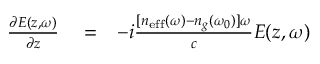
\begin{array} { r l r } { \frac { \partial E ( z , \omega ) } { \partial z } } & { { } = } & { - i \frac { [ n _ { \mathrm { e f f } } ( \omega ) - n _ { g } ( \omega _ { 0 } ) ] \omega } { c } E ( z , \omega ) } \end{array}